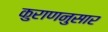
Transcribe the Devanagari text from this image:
कुराणनुसार